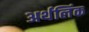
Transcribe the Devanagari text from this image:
अर्थलिंक